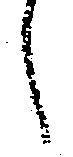
候